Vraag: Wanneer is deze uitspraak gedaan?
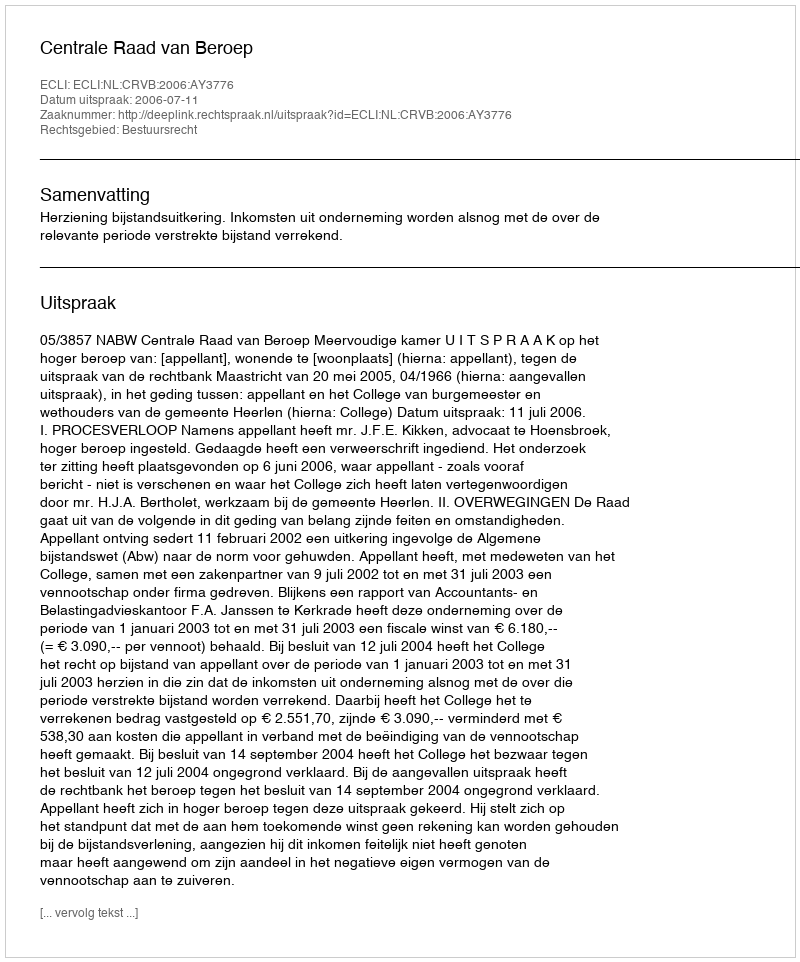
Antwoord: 2006-07-11